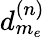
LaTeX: d_{m_{e}}^{(n)}